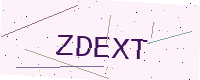
Text: ZDEXT